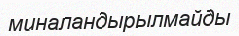
миналандырылмайды